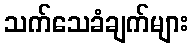
သက်သေခံချက်များ